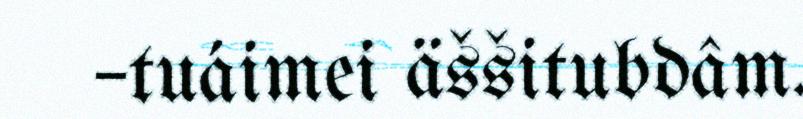
–tuáimei äššitubdâm.